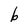
Character: b